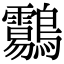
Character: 𪈑